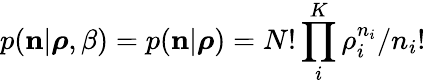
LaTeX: p({\mathbf n}|\boldsymbol{\rho},\beta)=p({\mathbf n}|\boldsymbol{\rho})=N!\prod_{i}^{K}\rho_{i}^{n_{i}}/n_{i}!